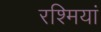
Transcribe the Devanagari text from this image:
रश्मियां